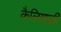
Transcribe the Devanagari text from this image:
कैलिग्राफ़ी